Report on the nature of kala-azar
Disease focus: Kala-Azar
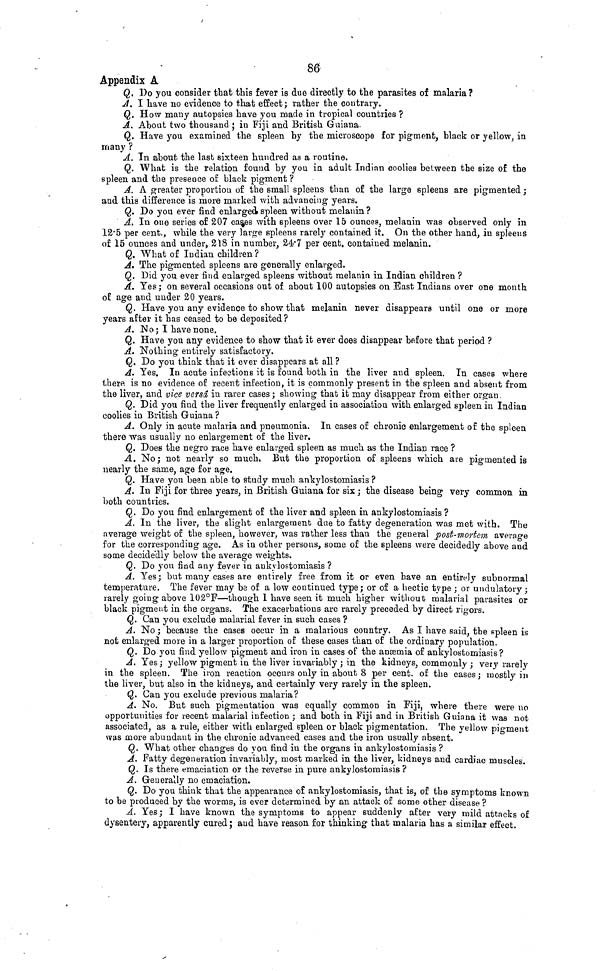
86
Appendix A
Q. Do you consider that this fever is due directly to the parasites of malaria?
A. I have no evidence to that effect; rather the contrary.
Q. How many autopsies have you made in tropical countries ?
A. About two thousand; in Fiji and British Guiana.
Q. Have you examined the spleen by the microscope for pigment, black or yellow, in
many ?
A. In about the last sixteen hundred as a routine.
Q. What is the relation found by you in adult Indian coolies between the size of the
spleen and the presence of black pigment ?
A. A greater proportion of the small spleens than of the large spleens are pigmented;
and this difference is more marked with advancing years.
Q. Do you ever find enlarged spleen without melanin?
A. In one series of 207 cashes with spleens over 15 ounces, melanin was observed only in
12.5 per cent., while the very large spleens rarefy contained it. On the other hand, in spleens
of 15 ounces and under, 218 in number, 24.7 per cent. contained melanin.
Q. What of Indian children ?
A. The pigmented spleens are generally enlarged.
Q. Did you ever find enlarged spleens without melanin in Indian children ?
A. Yes; on several occasions out of about 100 autopsies on East Indians over one month
of age and under 20 years.
Q. Have you any evidence to show that melanin never disappears until one or more
years after it has ceased to be deposited ?
A. No; I have none.
Q. Have you any evidence to show that it ever does disappear before that period ?
A. Nothing entirely satisfactory.
Q. Do you think that it ever disappears at all ?
A. Yes. In acute infections it is found both in the liver and spleen. In cases where
there is no evidence of recent infection, it is commonly present in the spleen and absent from
the liver, and vice versa in rarer cases; showing that it may disappear from either organ.
Q. Did you find the liver frequently enlarged in association with enlarged spleen in Indian
coolies in British Guiana?
A. Only in acute malaria and pneumonia. In cases of chronic enlargement of the spleen
there was usually no enlargement of the liver.
Q. Does the negro race have enlarged spleen as much as the Indian race ?
A. No; not nearly so much, But the proportion of spleens which are pigmented is
nearly the same, age for age.
Q. Have you been able to study much ankylostomiasis ?
A. In Fiji for three years, in British Guiana for six; the disease being very common in
both countries.
Q. Do you find enlargement of the liver and spleen in ankylostomiasis ?
A. In the liver, the slight enlargement due to fatty degeneration was met with. The
average weight of the spleen, however, was rather less than the general post-mortem average
for the corresponding age. As in other persons, some of the spleens were decidedly above and
some decidedly below the average weights.
Q. Do you find any fever in ankylostomiasis ?
A. Yes; but many cases are entirely free from it or even have an entirely subnormal
temperature. The fever may be of a low continued type; or of a hectic type; or undulatory;
rarely going above 102°F—though 1 have seen it much higher without malarial parasites or
black pigment in the organs. The exacerbations are rarely preceded by direct rigors.
Q. Can you exclude malarial fever in such cases ?
A. No; because the cases occur in a malarious country. As I have said, the spleen is
not enlarged more in a larger proportion of these cases than of the ordinary population.
Q. Do you find yellow pigment and iron in cases of the anæmia of ankylostomiasis?
A. Yes; yellow pigment in the liver invariably; in the kidneys, commonly; very rarely
in the spleen. The iron reaction occurs only in about 8 per cent. of the cases; mostly in
the liver, but also in the kidneys, and certainly very rarely in the spleen.
Q. Can you exclude previous malaria?
A. No. But such pigmentation was equally common in Fiji, where there were no
opportunities for recent malarial infection; and both in Fiji and in British Guiana it was not
associated, as a rule, either with enlarged spleen or black pigmentation. The yellow pigment
was more abundant in the chronic advanced cases and the iron usually absent.
Q. What other changes do you find in the organs in ankylostomiasis ?
A. Fatty degeneration invariably, most marked in the liver, kidneys and cardiac muscles.
Q. Is there emaciation or the reverse in pure ankylostomiasis ?
A. Generally no emaciation.
Q. Do you think that the appearance of ankylostomiasis, that is, of the symptoms known
to be produced by the worms, is ever determined by an attack of some other disease ?
A. Yes; I have known the symptoms to appear suddenly after very mild attacks of
dysentery, apparently cured; and have reason for thinking that malaria, has a similar effect.